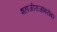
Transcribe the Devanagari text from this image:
शहाजीराजांबरोबर